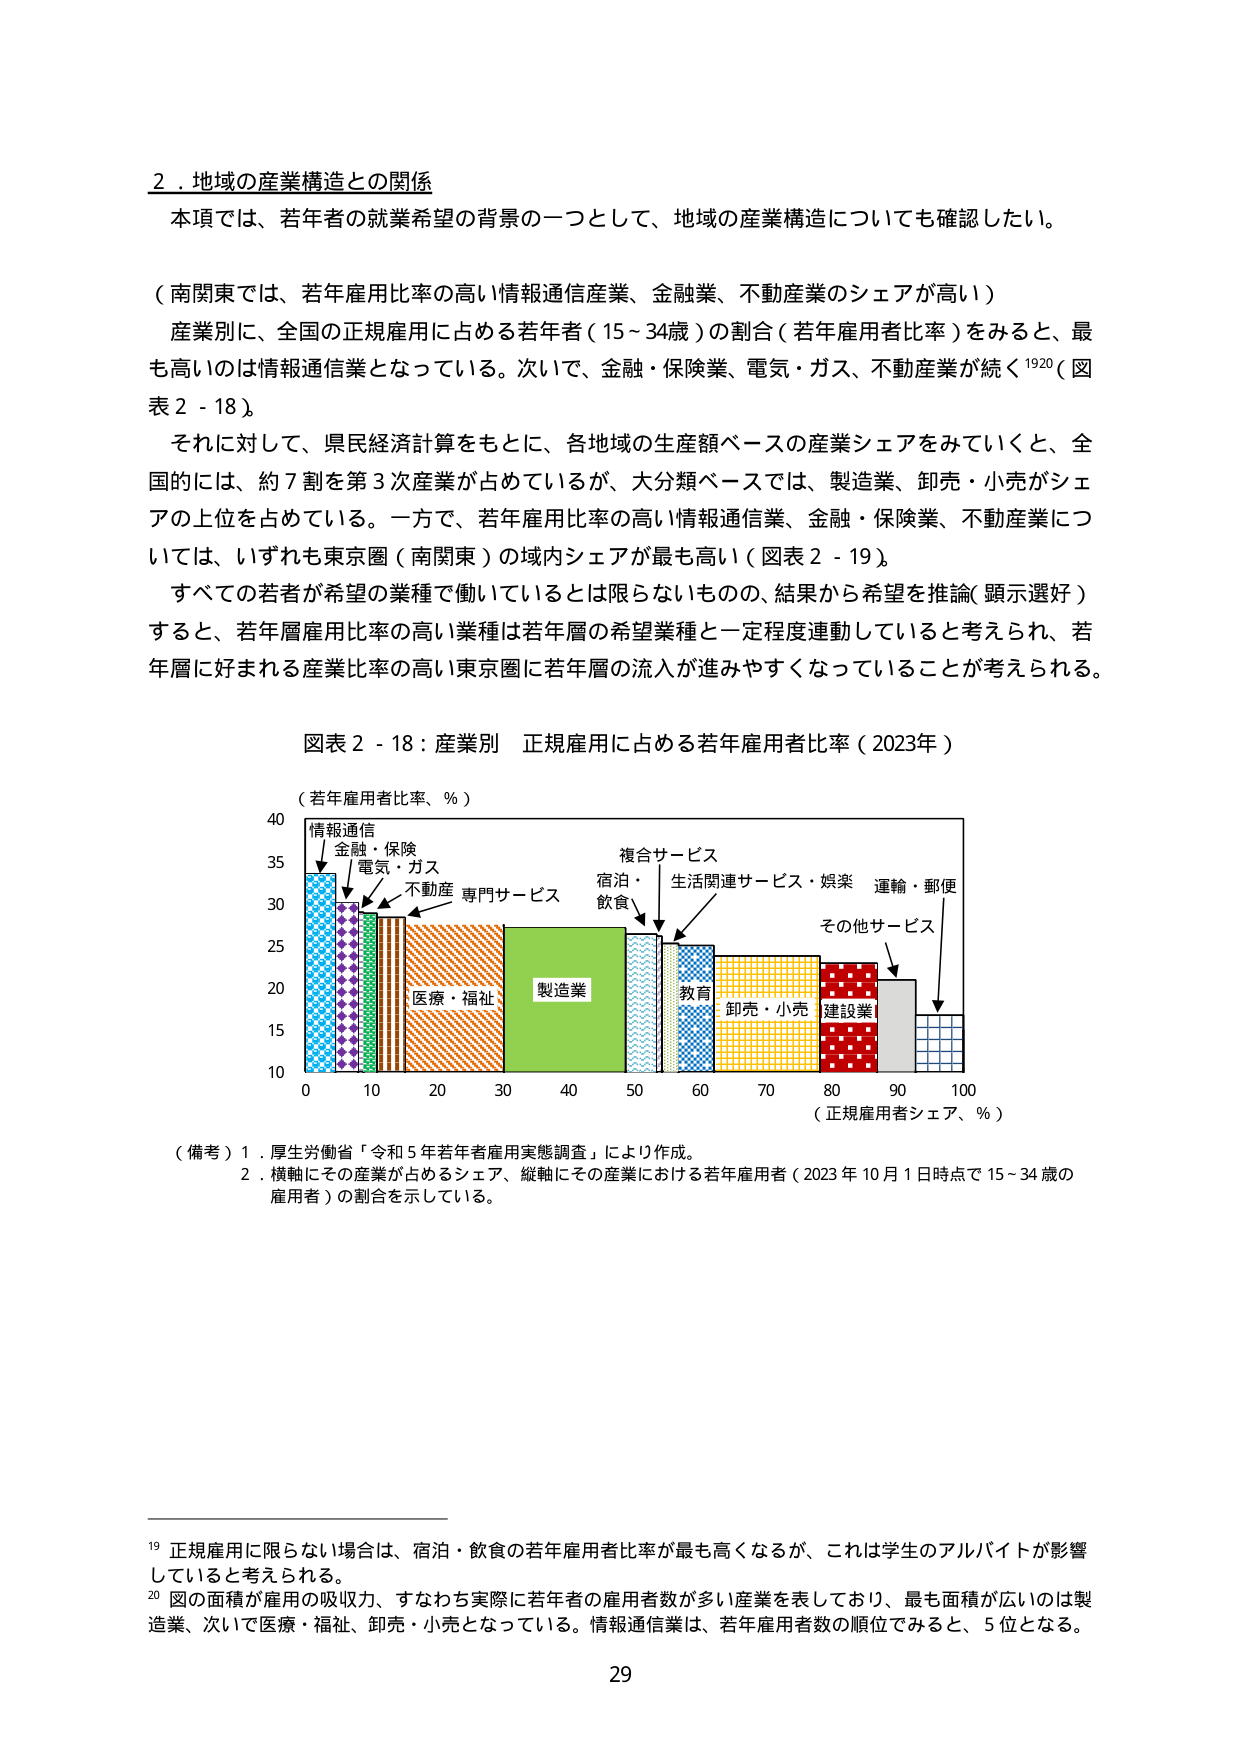
2．地域の産業構造との関係
本項では、若年者の就業希望の背景の一つとして、地域の産業構造についても確認したい。

（南関東では、若年雇用比率の高い情報通信産業、金融業、不動産業のシェアが高い）
産業別に、全国の正規雇用に占める若年者（15～34歳）の割合（若年雇用者比率）をみると、最も高いのは情報通信業となっている。次いで、金融・保険業、電気・ガス、不動産業が続く¹⁹²⁰（図表2-18）。
それに対して、県民経済計算をもとに、各地域の生産額ベースの産業シェアを見ていくと、全国的には、約7割を第3次産業が占めているが、大分類ベースでは、製造業、卸売・小売がシェアの上位を占めている。一方で、若年雇用比率の高い情報通信業、金融・保険業、不動産業については、いずれも東京圏（南関東）の域内シェアが最も高い（図表2-19）。
すべての若者が希望の業種で働いているとは限らないものの、結果から希望を推論（顕示選好）すると、若年層雇用比率の高い業種は若年層の希望業種と一定程度連動していると考えられ、若年層に好まれる産業比率の高い東京圏に若年層の流入が進みやすくなっていることが考えられる。

図表2-18：産業別 正規雇用に占める若年雇用者比率（2023年）
（若年雇用者比率、％）
情報通信
金融・保険
電気・ガス
不動産
専門サービス
医療・福祉
製造業
複合サービス
宿泊・飲食
生活関連サービス・娯楽
教育
卸売・小売
建設業
その他サービス
運輸・郵便
（正規雇用者シェア、％）
（備考）1．厚生労働省「令和5年若年者雇用実態調査」により作成。
2．横軸にその産業が占めるシェア、縦軸にその産業における若年雇用者（2023年10月1日時点で15～34歳の雇用者）の割合を示している。

¹⁹ 正規雇用に限らない場合は、宿泊・飲食の若年雇用者比率が最も高くなるが、これは学生のアルバイトが影響していると考えられる。
²⁰ 図の面積が雇用の吸収力、すなわち実際に若年者の雇用者数が多い産業を表しており、最も面積が広いのは製造業、次いで医療・福祉、卸売・小売となっている。情報通信業は、若年雇用者数の順位でみると、5位となる。
29